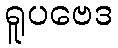
ရူပဗေဒ